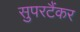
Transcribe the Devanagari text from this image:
सुपरटैंकर